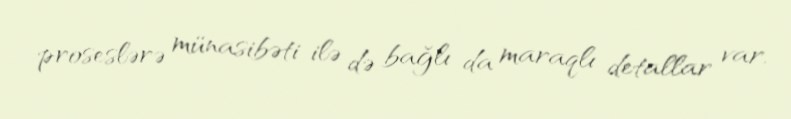
proseslərə münasibəti ilə də bağlı da maraqlı detallar var.